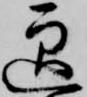
迎